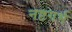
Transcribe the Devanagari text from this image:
नष्टगर्भ